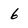
Character: 6